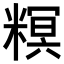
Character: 𥻩